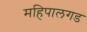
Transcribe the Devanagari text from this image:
महिपालगड